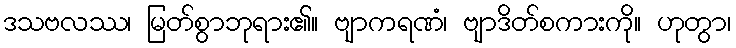
ဒသဗလဿ၊ မြတ်စွာဘုရား၏။ ဗျာကရဏံ၊ ဗျာဒိတ်စကားကို။ ဟုတွာ၊